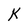
Character: K